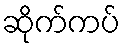
ဆိုက်ကပ်